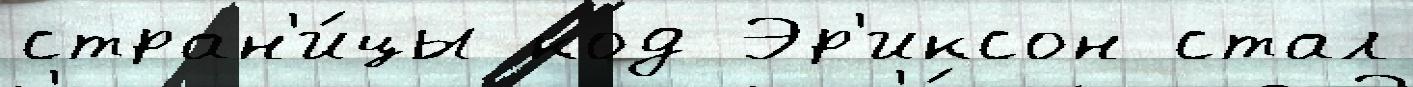
стран'и́цы код Эр'иксон стал